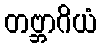
တဗ္ဘာဂိယံ